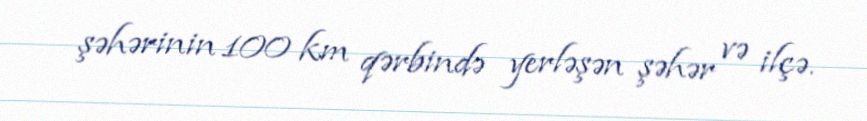
şəhərinin 100 km qərbində yerləşən şəhər və ilçə.